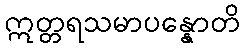
ဣတ္တရသမာပန္နောတိ